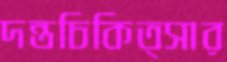
দন্তচিকিত্সার